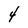
Character: 4